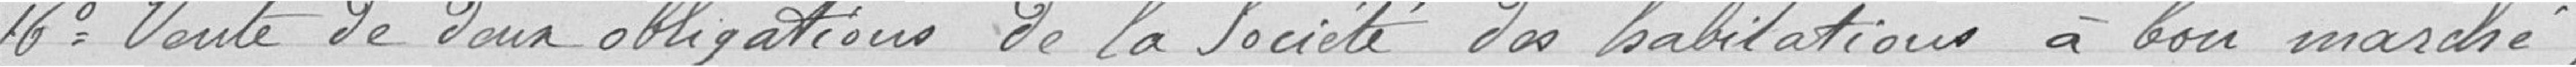
16° Vente de deux obligations de la Société des habitations à bon marché provenant de la succes-